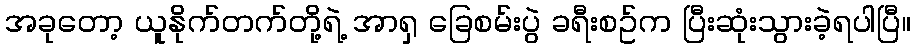
အခုတော့ ယူနိုက်တက်တို့ရဲ့ အာရှ ခြေစမ်းပွဲ ခရီးစဥ်က ပြီးဆုံးသွားခဲ့ရပါပြီ။